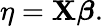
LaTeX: \eta=\mathbf{X}{\boldsymbol{\beta}}.